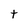
Character: t